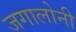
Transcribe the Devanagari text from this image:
जगालोनी